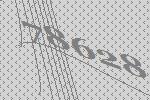
78628